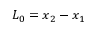
L _ { 0 } = x _ { 2 } - x _ { 1 }